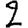
Digit: 2